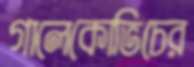
গালেকোভিচের